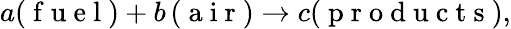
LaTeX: \begin{array}{r}{{a}(\mathrm{~f~u~e~l~})+{b}\left(\mathrm{~a~i~r~}\right)\rightarrow{c}(\mathrm{~p~r~o~d~u~c~t~s~}),}\end{array}